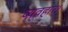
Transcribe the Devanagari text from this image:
व्‍यवहार।